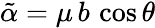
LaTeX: {\tilde{\alpha}}=\mu\, b\, \cos\theta